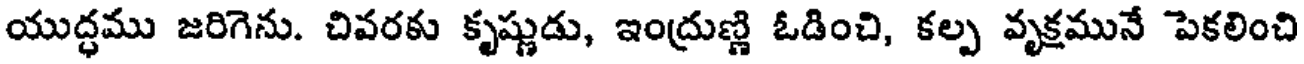
యుద్ధము జరిగెను. చివరకు కృష్ణుడు, ఇంద్రుణ్ణి ఓడించి, కల్ప వృక్షమునే పెకలించి